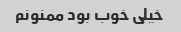
خیلی خوب بود ممنونم